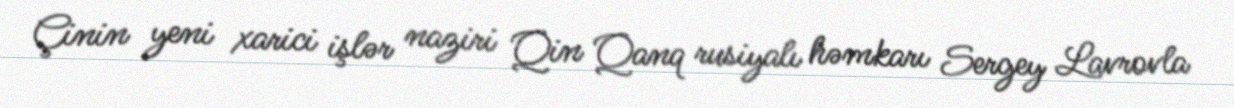
Çinin yeni xarici işlər naziri Qin Qanq rusiyalı həmkarı Sergey Lavrovla